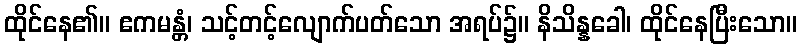
ထိုင်နေ၏။ ဧကမန္တံ၊ သင့်တင့်လျောက်ပတ်သော အရပ်၌။ နိသိန္နခေါ၊ ထိုင်နေပြီးသော။